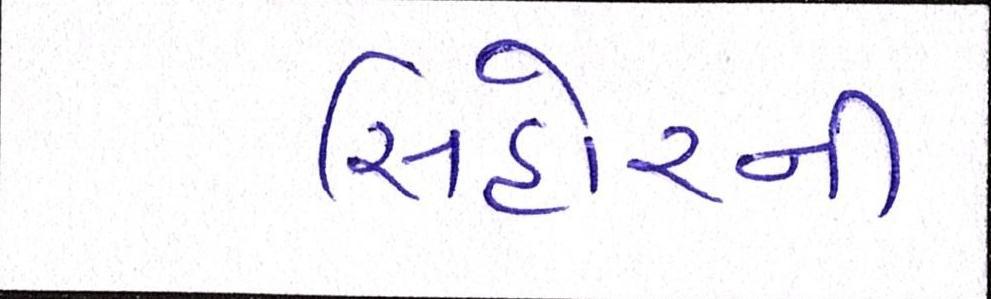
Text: સિહોરની